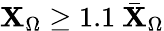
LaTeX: \mathbf{X}_{\Omega}\geq1.1~\bar{{\mathbf{X}}}_{\Omega}